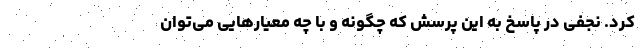
کرد. نجفی در پاسخ به این پرسش که چگونه و با چه معیارهایی می‌توان